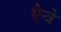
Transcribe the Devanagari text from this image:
ऐन्त्रे